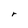
Character: r